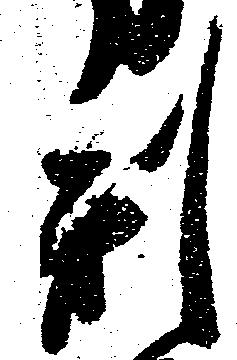
刑